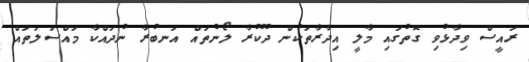
ރައީސް ވިދާޅުވި ގޮތުގައި މާލީ އިދާރާތަކުން ދޫކުރާ ލޯނުތައް އަނބުރާ ނުދައްކާ މައްސަލަތައް